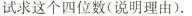
试求这个四位数(说明理由)。